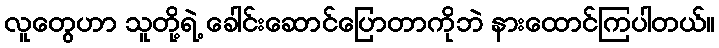
လူတွေဟာ သူတို့ရဲ့ ခေါင်းဆောင်ပြောတာကိုဘဲ နားထောင်ကြပါတယ်။